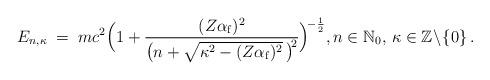
LaTeX: \begin{align*}E_{n,\kappa}\;=\;mc^2\Big(1+\frac{(Z\alpha_\mathrm{f})^2}{\big(n+\sqrt{\kappa^2-(Z\alpha_\mathrm{f})^2}\,\big)^{\!2}}\Big)^{\!-\frac{1}{2}},n\in\mathbb{N}_0,\,\kappa\in\mathbb{Z}\!\setminus\!\{0\}\,.\end{align*}